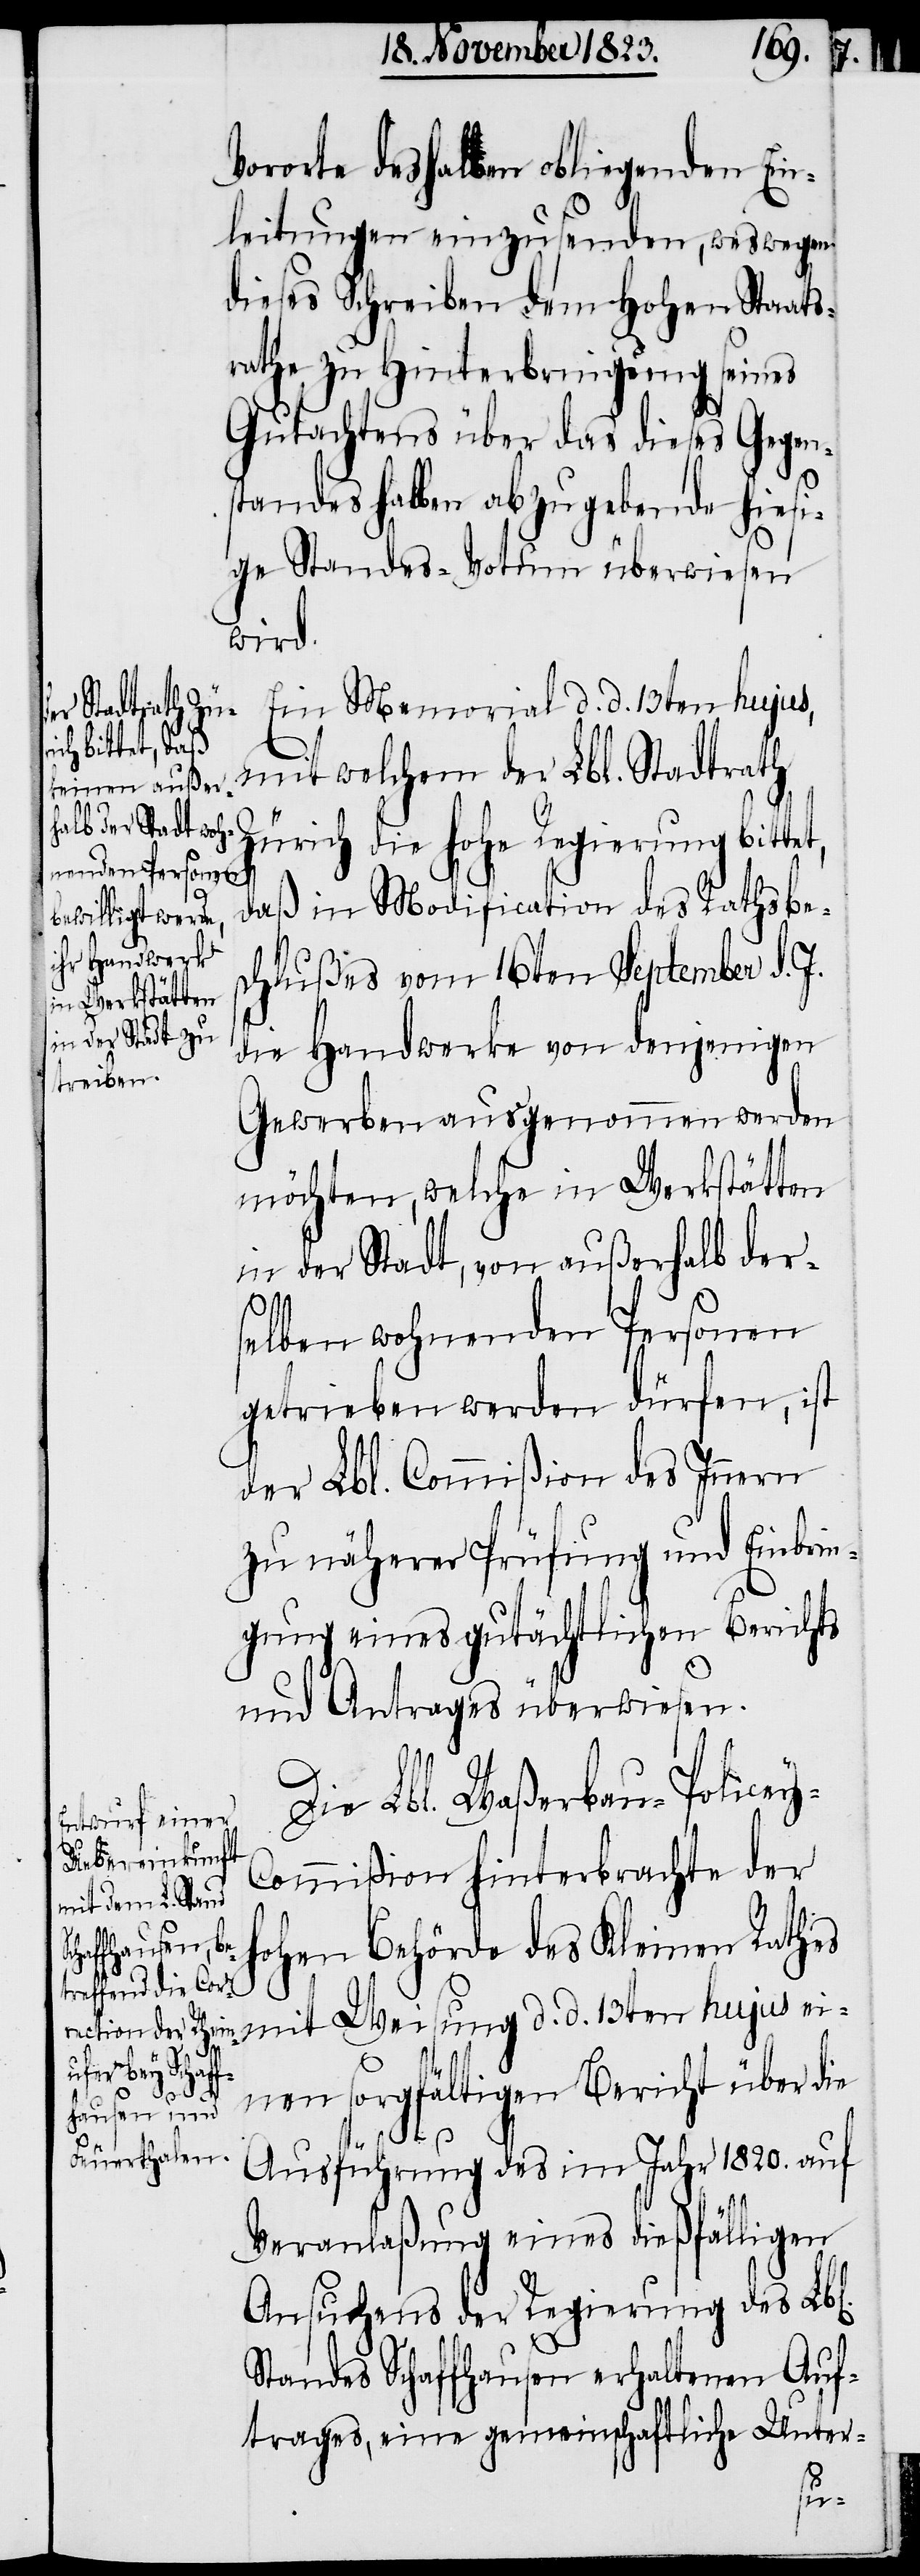
Vororte deshalben obliegenden Ein¬
leitungen einzusenden, weswegen
dieses Schreiben dem Hohen Staats¬
rathe zu Hinterbringung seines
Gutachtens über das dieses Gegen¬
standes halben abzugebende hiesi¬
ge Standes-Votum überwiesen
wird.
Ein Memorial d. d. 13ten hujus,
mit welchem der Lbl. Stadtrath
Zürich die hohe Regierung bitte¬
daß in Modification des Rathsbe¬
schlußes vom 16ten September d. J.
die Handwerke von denjenigen
Gewerben ausgenommen werden
möchten, welche in Werkstätten
in der Stadt, von außerhalb der¬
l[en].
selben wohnenden Personen
getrieben werden dürfen, ist
der Lbl. Commißion des Innern
zu näherer Prüfung und Einbrin¬
gung eines gutächtlichen Berichts
und Antrages überwiesen.
Die Lbl. Waßerbau-Police¬
ommißion hinterbrachte der
mit Weisung d.
hohen Behörde des Kleinen Rathes
d.
einen sorgfältigen Bericht über die
Ausführung des im Jahr 1820. auf
t,
Veranlaßung eines dießfälligen
Ansuchens der Regierung des Lb¬
Standes Schaffhausen erhaltenen Auf¬
trages, eine gemeinschaftliche Unter-
y-C¬